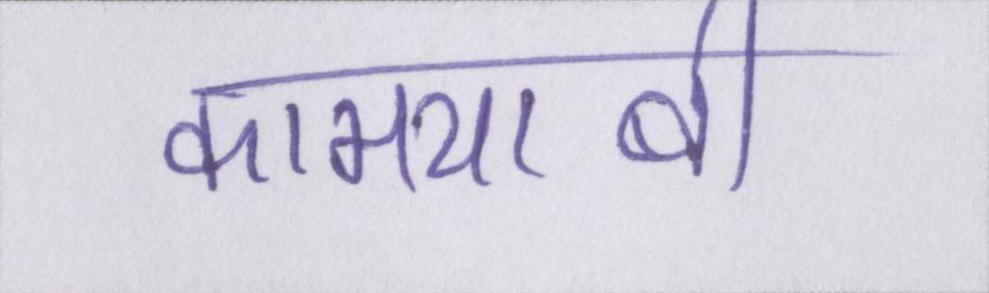
कामयाबी